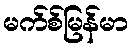
မက်စ်မြန်မာ